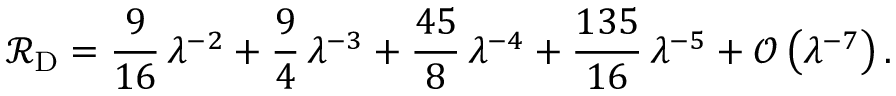
\mathcal { R } _ { \mathrm { D } } = \frac { 9 } { 1 6 } \, \lambda ^ { - 2 } + \frac { 9 } { 4 } \, \lambda ^ { - 3 } + \frac { 4 5 } { 8 } \, \lambda ^ { - 4 } + \frac { 1 3 5 } { 1 6 } \, \lambda ^ { - 5 } + \mathcal { O } \left( \lambda ^ { - 7 } \right) .